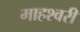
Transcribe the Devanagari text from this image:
माहश्वरी